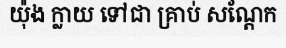
យ៉ុង ក្លាយ ទៅជា គ្រាប់ សណ្តែក